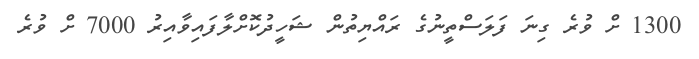
1300 ށް ވުރެ ގިނަ ފަލަސްތީނުގެ ރައްޔިތުން ޝަހީދުކޮށްލާފައިވާއިރު 7000 ށް ވުރެ